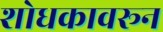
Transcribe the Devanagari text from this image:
शोधकावरून